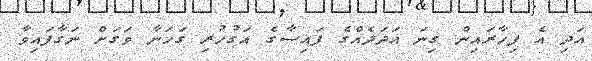
އަދި އެ ފިހާރައިން ގިނަ އަދަދެއްގެ ފައިސާގެ އަގުހުރި ގަހަނާ ވަގަށް ނަގާފައިވާ